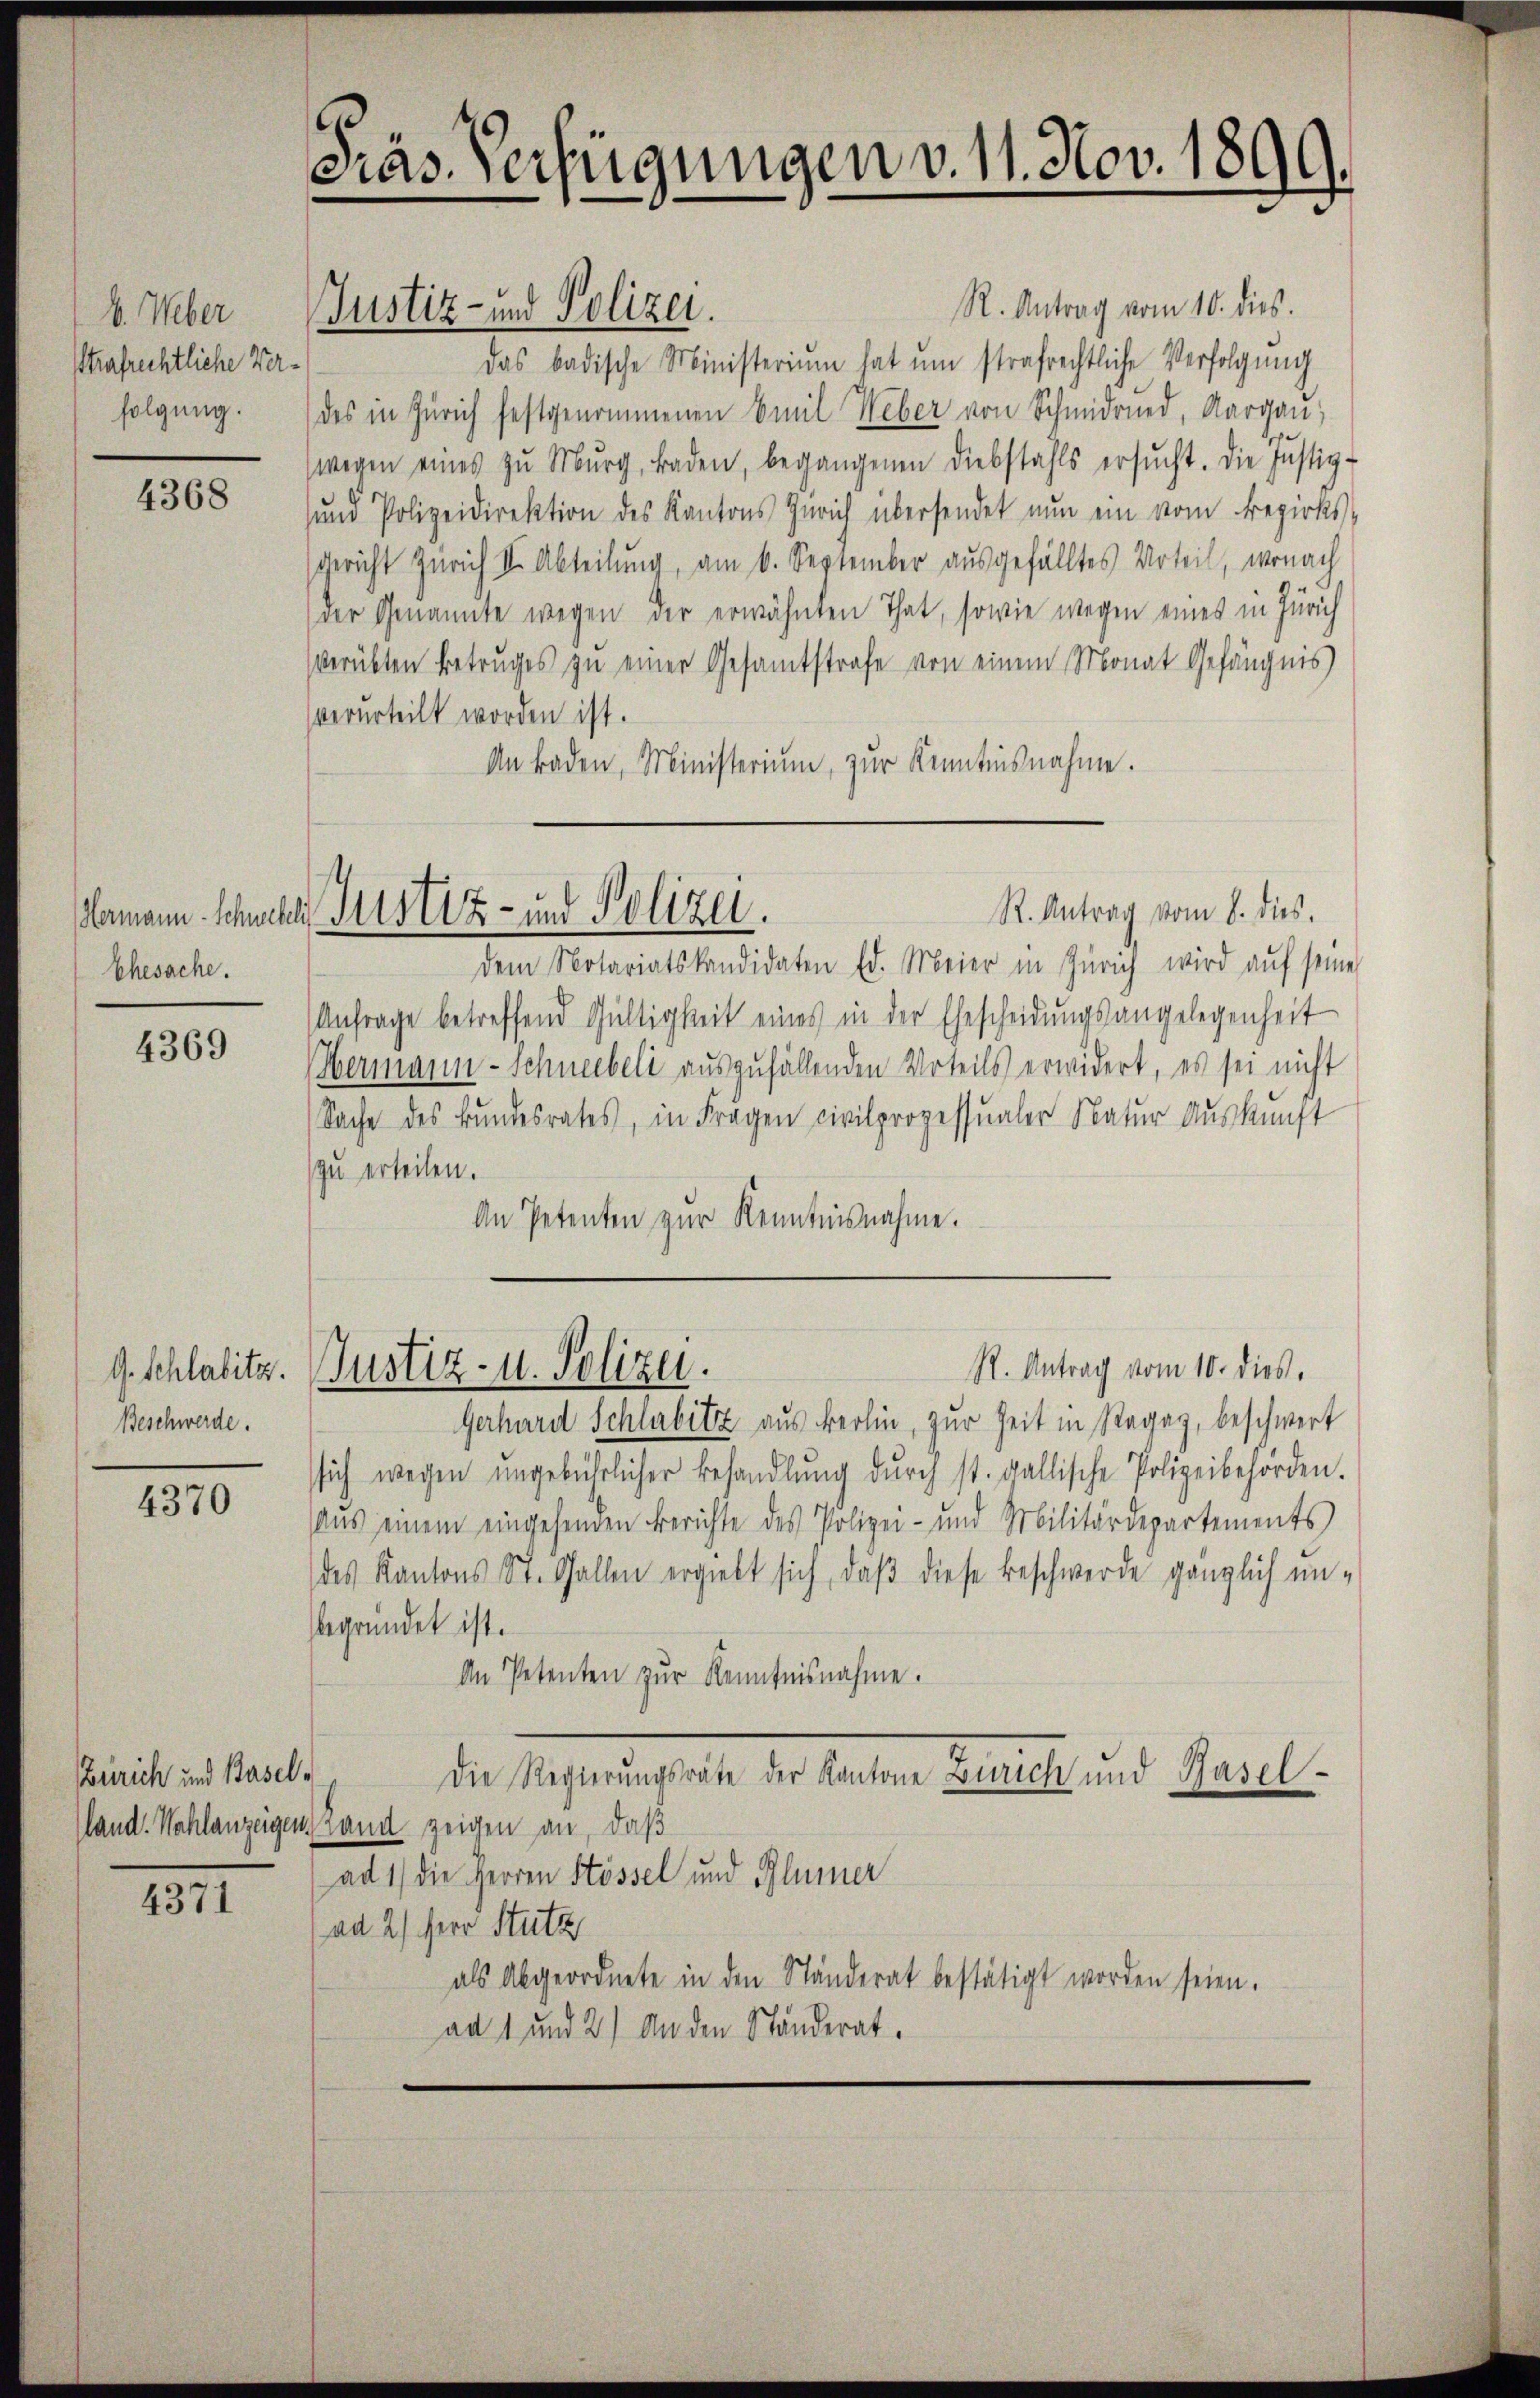
b. Weber
thrafrechtliche Verfolgung.

4368

Ehesache.

4369

G. Schlabitz.
Beschwerde.

4370

Zürich und Basel¬

4371

Präs. Verfügungen v. 11. Nov. 189
¬

R. Antrag vom 10. dies.
Justiz- und Polizei.
das badische Ministerium hat um strafrechtliche Verfolgung
des in Zürich festgenommenen Emil Weber von Schmidred, Aargau,
wegen eines zŭ Mŭrg, Baden, begangenen Diebstahls ersŭcht. Die Justiz-
sund Polizeidirektion des Kantons Zürich übersendet nun ein vom Bezirks-
Gericht Zürich II. Abteilung, am 6. September ausgefälltes Urteil, wonach
der Genannte wegen der erwähnten That, sowie wegen eines in Zürich
verübten Betruges zu einer Gesamtstrafe von einem Monat Gefängnis
verurteilt worden ist.
An Baden, Ministerium zur Kenntnisnahme.

.
hermann Schwere Sistiz- und Polizei.

Justiz- u. Polizei.

dem Notariatskandidaten Ed. Meier in Zürich wird aŭf seine
Anfrage betreffend Gültigkeit eines in der Ehescheidŭngsangelegenheit
Obermann-Schneebeli auszufällenden Urteils erwidert, es sei nicht
Sache des Bundesrates, in Fragen civilprozessualer Natur Auskunft
zu erteilen.
An Petenten zur Kenntnisnahme.

R. Antrag vom 8. dies.

R. Antrag vom 10. dies.

Gerhard Schlabitz aus Berlin, zur Zeit in Regay, beschwert
sich wegen ŭngebührlicher Behandlŭng dŭrch st. gallische Polizeibehörden.
aus einem eingehenden Berichte des Polizei- und Militärdepartements
des Kantons St. Gallen ergiebt sich, daβ diese Beschwerde gänzlich un-
sbegründet ist.
An Petenten zŭr Kenntnisnahme.
Die Regierungsräte der Kantone Zürich und Baselland. Wahlanzeigen Land zeigen an, daß
ad 1) die Herren Stössel und Blümer
ad 2.) Herr Stutz
als Abgeordnete in den Ständerat bestätigt worden seien.
ad 1 und 2) An den Ständerat.